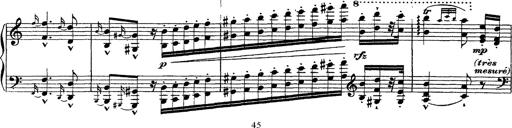
Title: Ã‰tudes d'exÃ©cution transcendante d'aprÃ¨s Paganini
Composer: Franz Liszt